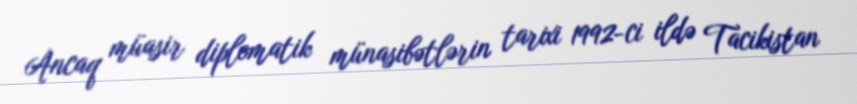
Ancaq müasir diplomatik münasibətlərin tarixi 1992-ci ildə Tacikistan